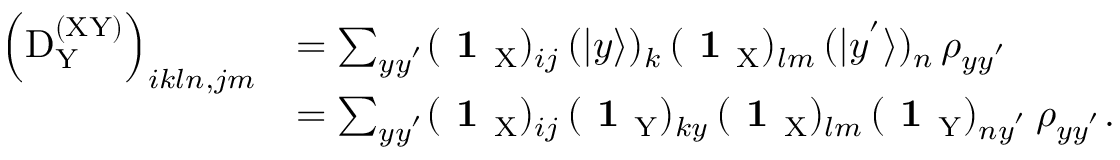
\begin{array} { r l } { \left( \mathrm { D } _ { \mathrm Y } ^ { \mathrm { ( X Y ) } } \right) _ { i k l n , j m } } & { = \sum _ { y y ^ { ' } } ( \textbf { 1 } _ { \mathrm { X } } ) _ { i j } \, ( | y \rangle ) _ { k } \, ( \textbf { 1 } _ { \mathrm { X } } ) _ { l m } \, ( | y ^ { ' } \rangle ) _ { n } \, \rho _ { y y ^ { ' } } } \\ & { = \sum _ { y y ^ { ' } } ( \textbf { 1 } _ { \mathrm { X } } ) _ { i j } \, ( \textbf { 1 } _ { \mathrm { Y } } ) _ { k y } \, ( \textbf { 1 } _ { \mathrm { X } } ) _ { l m } \, ( \textbf { 1 } _ { \mathrm { Y } } ) _ { n y ^ { ' } } \, \rho _ { y y ^ { ' } } . } \end{array}